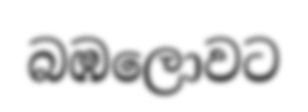
බඹලොවට